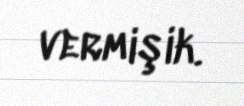
vermişik.